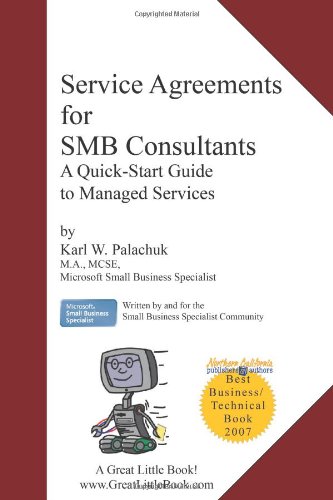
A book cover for Service Agreements for SMB Consultants - A Quick Start Guide for Managed Services; Karl W. Palachuk; Business & Money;